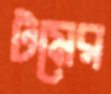
টমের